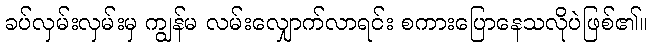
ခပ်လှမ်းလှမ်းမှ ကျွန်မ လမ်းလျှောက်လာရင်း စကားပြောနေသလိုပဲဖြစ်၏။